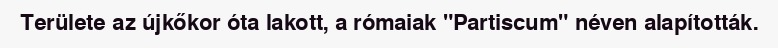
Területe az újkőkor óta lakott, a rómaiak "Partiscum" néven alapították.